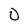
Character: 0